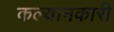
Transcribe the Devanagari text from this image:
कल्यानकारी